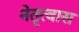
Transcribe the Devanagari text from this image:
नेतृत्वास